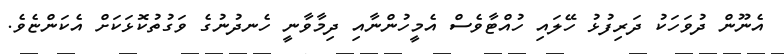
އެނޫން ދުވަހަކު ދަރިފުޅު ހޭލައި ހުއްޓާވެސް އެމީހުންނާއި ދިމާވާނީ ހެނދުނުގެ ވަގުތުކޮޅަކަށް އެކަންޏެވެ.